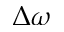
\Delta \omega